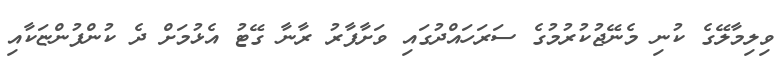
ވިލިމާލޭގެ ކުނި މެނޭޖުކުރުމުގެ ސަރަހައްދުގައި ވަށާފާރު ރާނާ ގޭޓު އެޅުމަށް ދެ ކުންފުންޏަކާއި